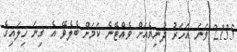
2135 ވަނަ އަހަރު ދުނިޔެއަށް ވެއްޓޭނެ ކަމަށް ބެލެވޭ އެ ގިނަ ހިލައިގެ